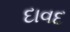
દાવદ